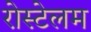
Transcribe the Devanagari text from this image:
रोस्टेलम